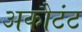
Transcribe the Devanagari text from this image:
अकौटंट